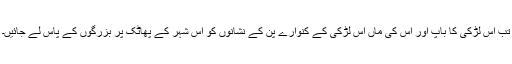
تب اُس لڑکی کا باپ اور اُس کی ماں اُس لڑکی کے کنوارے پن کے نشانوں کو اُس شہر کے پھاٹک پر بزرگوں کے پاس لے جائیں۔